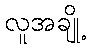
လူအချို့